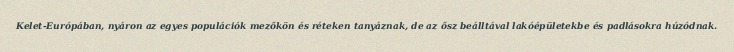
Kelet-Európában, nyáron az egyes populációk mezőkön és réteken tanyáznak, de az ősz beálltával lakóépületekbe és padlásokra húzódnak.